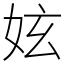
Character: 妶